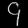
Digit: ၄